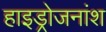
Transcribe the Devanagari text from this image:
हाइड्रोजनांश